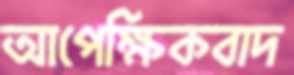
আপেক্ষিকবাদ